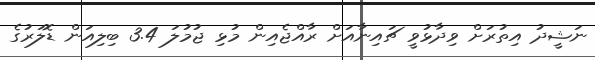
ނަޝީދު އިތުރަށް ވިދާޅުވީ ޗައިނާއަށް ރާއްޖެއިން މުޅި ޖުމުލަ 3.4 ބިލިއަން ޑޮލަރުގެ